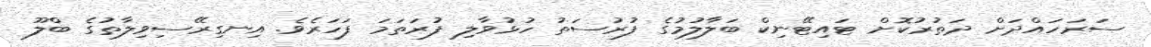
ސަރަހައްދަށް ދަތުރުކޮށް ޓައިޓޭނިކް ބަލާލުމުގެ ފުރުސަތު ހުޅުވާލި ފުރަތަމަ ފަހަރެވެ. އިނގިރޭސިވިލާތުގެ ބްލޫ